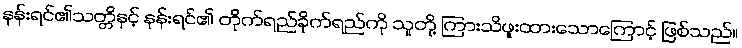
နန်းရင်၏သတ္တိနှင့် နန်းရင်၏ တိုက်ရည်ခိုက်ရည်ကို သူတို့ ကြားသိဖူးထားသောကြောင့် ဖြစ်သည်။